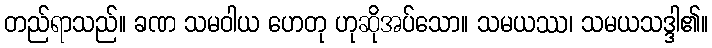
တည်ရာသည်။ ခဏ သမဝါယ ဟေတု ဟုဆိုအပ်သော။ သမယဿ၊ သမယသဒ္ဒါ၏။